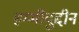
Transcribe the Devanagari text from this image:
हम्मीदुद्दीन